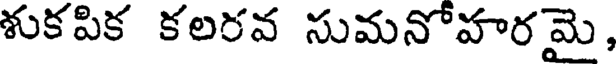
శుకపిక కలరవ సుమనోహరమై,